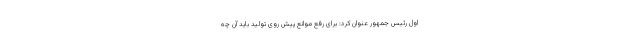
اول رئیس جمهور عنوان کرد: برای رفع موانع پیش روی تولید باید آن چه